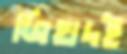
জিহাদই